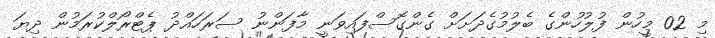
މި 02 މީހުން ފުލުހުންގެ ބެލުމުގެދަށަށް ގެންގޮސްފައިވަނީ މާފަންނު ސަރަހައްދު ޕެޓްރޯލްކުރަމުން ދިޔަ